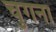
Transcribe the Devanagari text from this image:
चुगना